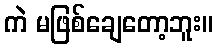
ကဲ မဖြစ်ချေတော့ဘူး။